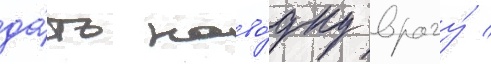
да́ть наво́дку врагу́ /